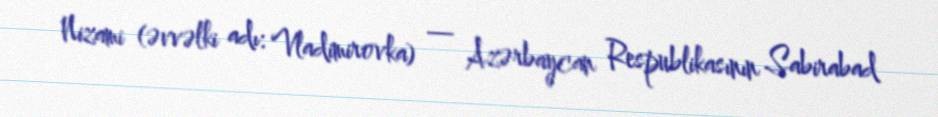
Nizami (əvvəlki adı: Vladimirovka) — Azərbaycan Respublikasının Sabirabad